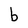
Character: b